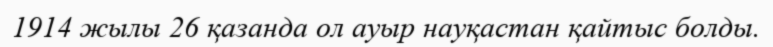
1914 жылы 26 қазанда ол ауыр науқастан қайтыс болды.